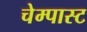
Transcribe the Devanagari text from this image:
चेम्पास्ट